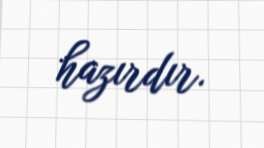
hazırdır.